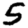
Digit: 5